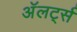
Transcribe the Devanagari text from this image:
अॅलर्ट्स